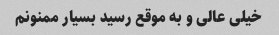
خیلی عالی و به موقع رسید بسیار ممنونم